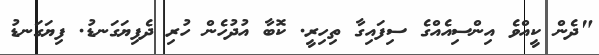
"ދެން ކީއްވެ އިންސިއެއްގެ ސިފައިގާ ތިހިރީ. ކޮބާ އުދުހެން ހުރި ދެފިޔަގަނޑު. ފިޔަގަނޑު